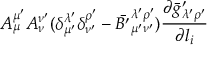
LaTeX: A _ { \mu } ^ { \mu ^ { \prime } } A _ { \nu } ^ { \nu ^ { \prime } } ( \delta _ { \mu ^ { \prime } } ^ { \lambda ^ { \prime } } \delta _ { \nu ^ { \prime } } ^ { \rho ^ { \prime } } - { \bar { B ^ { \prime } } } _ { \mu ^ { \prime } \nu ^ { \prime } } ^ { \lambda ^ { \prime } \rho ^ { \prime } } ) \frac { \partial { \bar { g } ^ { \prime } } _ { \lambda ^ { \prime } \rho ^ { \prime } } } { \partial l _ { i } }